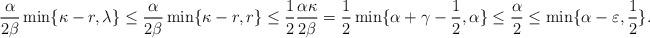
LaTeX: \begin{align*}\frac{\alpha}{2\beta}\min\{\kappa-r, \lambda\} \leq \frac{\alpha}{2\beta}\min\{\kappa-r, r\} \leq \frac{1}{2} \frac{\alpha\kappa}{2\beta} = \frac{1}{2} \min\{\alpha+\gamma-\frac{1}{2}, \alpha \} \leq \frac{\alpha}{2} \leq \min\{\alpha-\varepsilon,\frac{1}{2}\}.\end{align*}